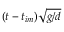
( t - { t _ { i m } } ) \sqrt { g / d }